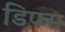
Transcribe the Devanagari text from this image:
डिफ्स